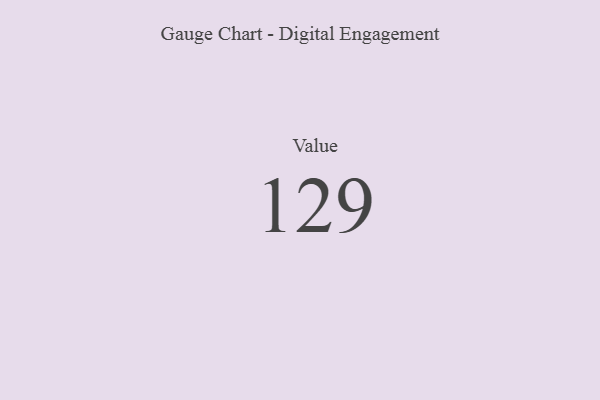
{"axis": {"x": "Metric", "y": "Value"}, "legend": [""], "data": [{"x": "Value", "y": 129, "type": ""}]}